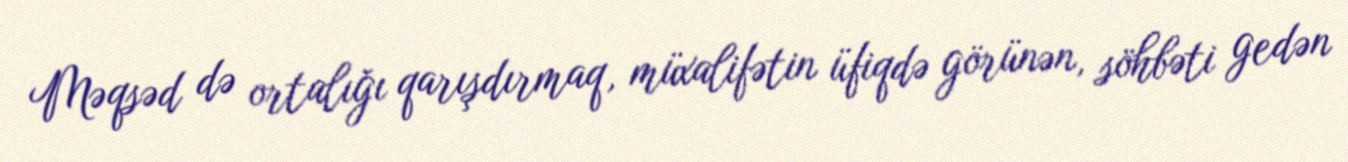
Məqsəd də ortalığı qarışdırmaq, müxalifətin üfiqdə görünən, söhbəti gedən